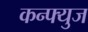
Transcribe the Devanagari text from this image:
कन्फ्युज